255_413270_UFO's_and_Defense_What_Should_we_Prepare_For
Agency: NASA
Page 70
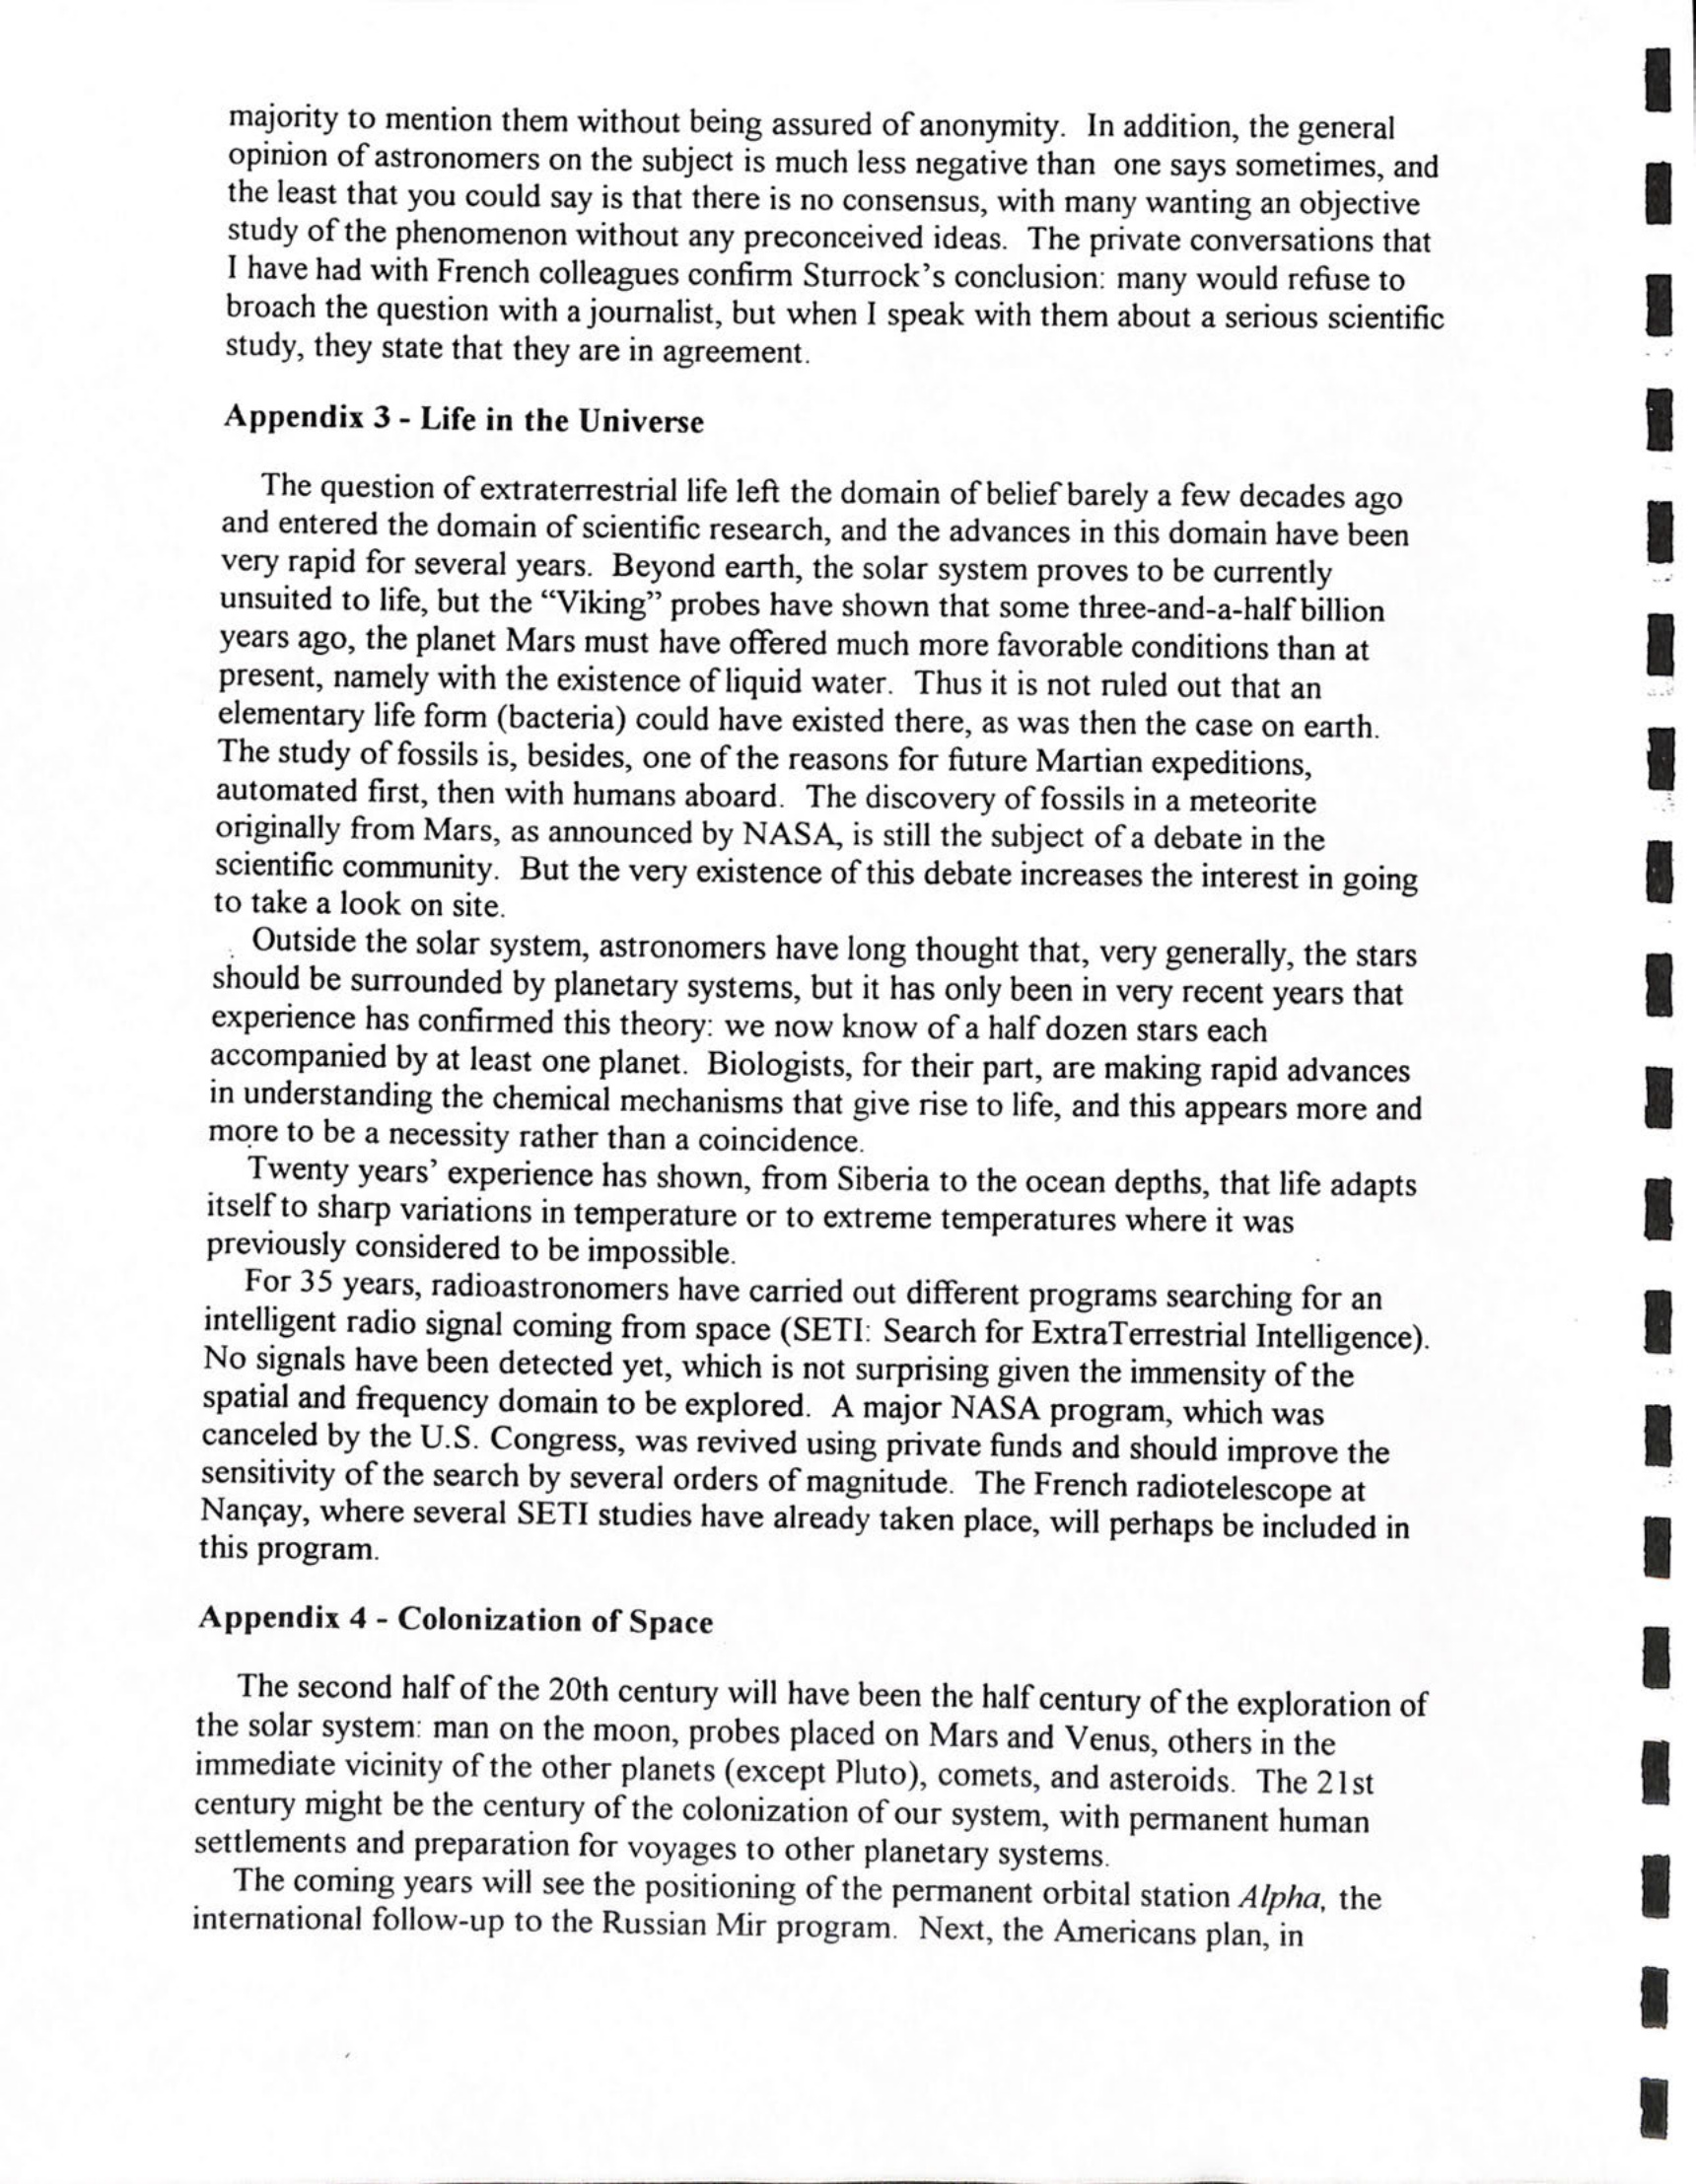